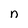
Character: n